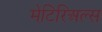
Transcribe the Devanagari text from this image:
मेटिरिअल्स